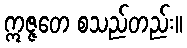
ဣဇ္ဇတေ စသည်တည်း။